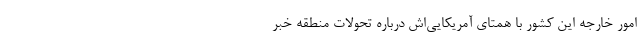
امور خارجه این کشور با همتای آمریکایی‌اش درباره تحولات منطقه خبر